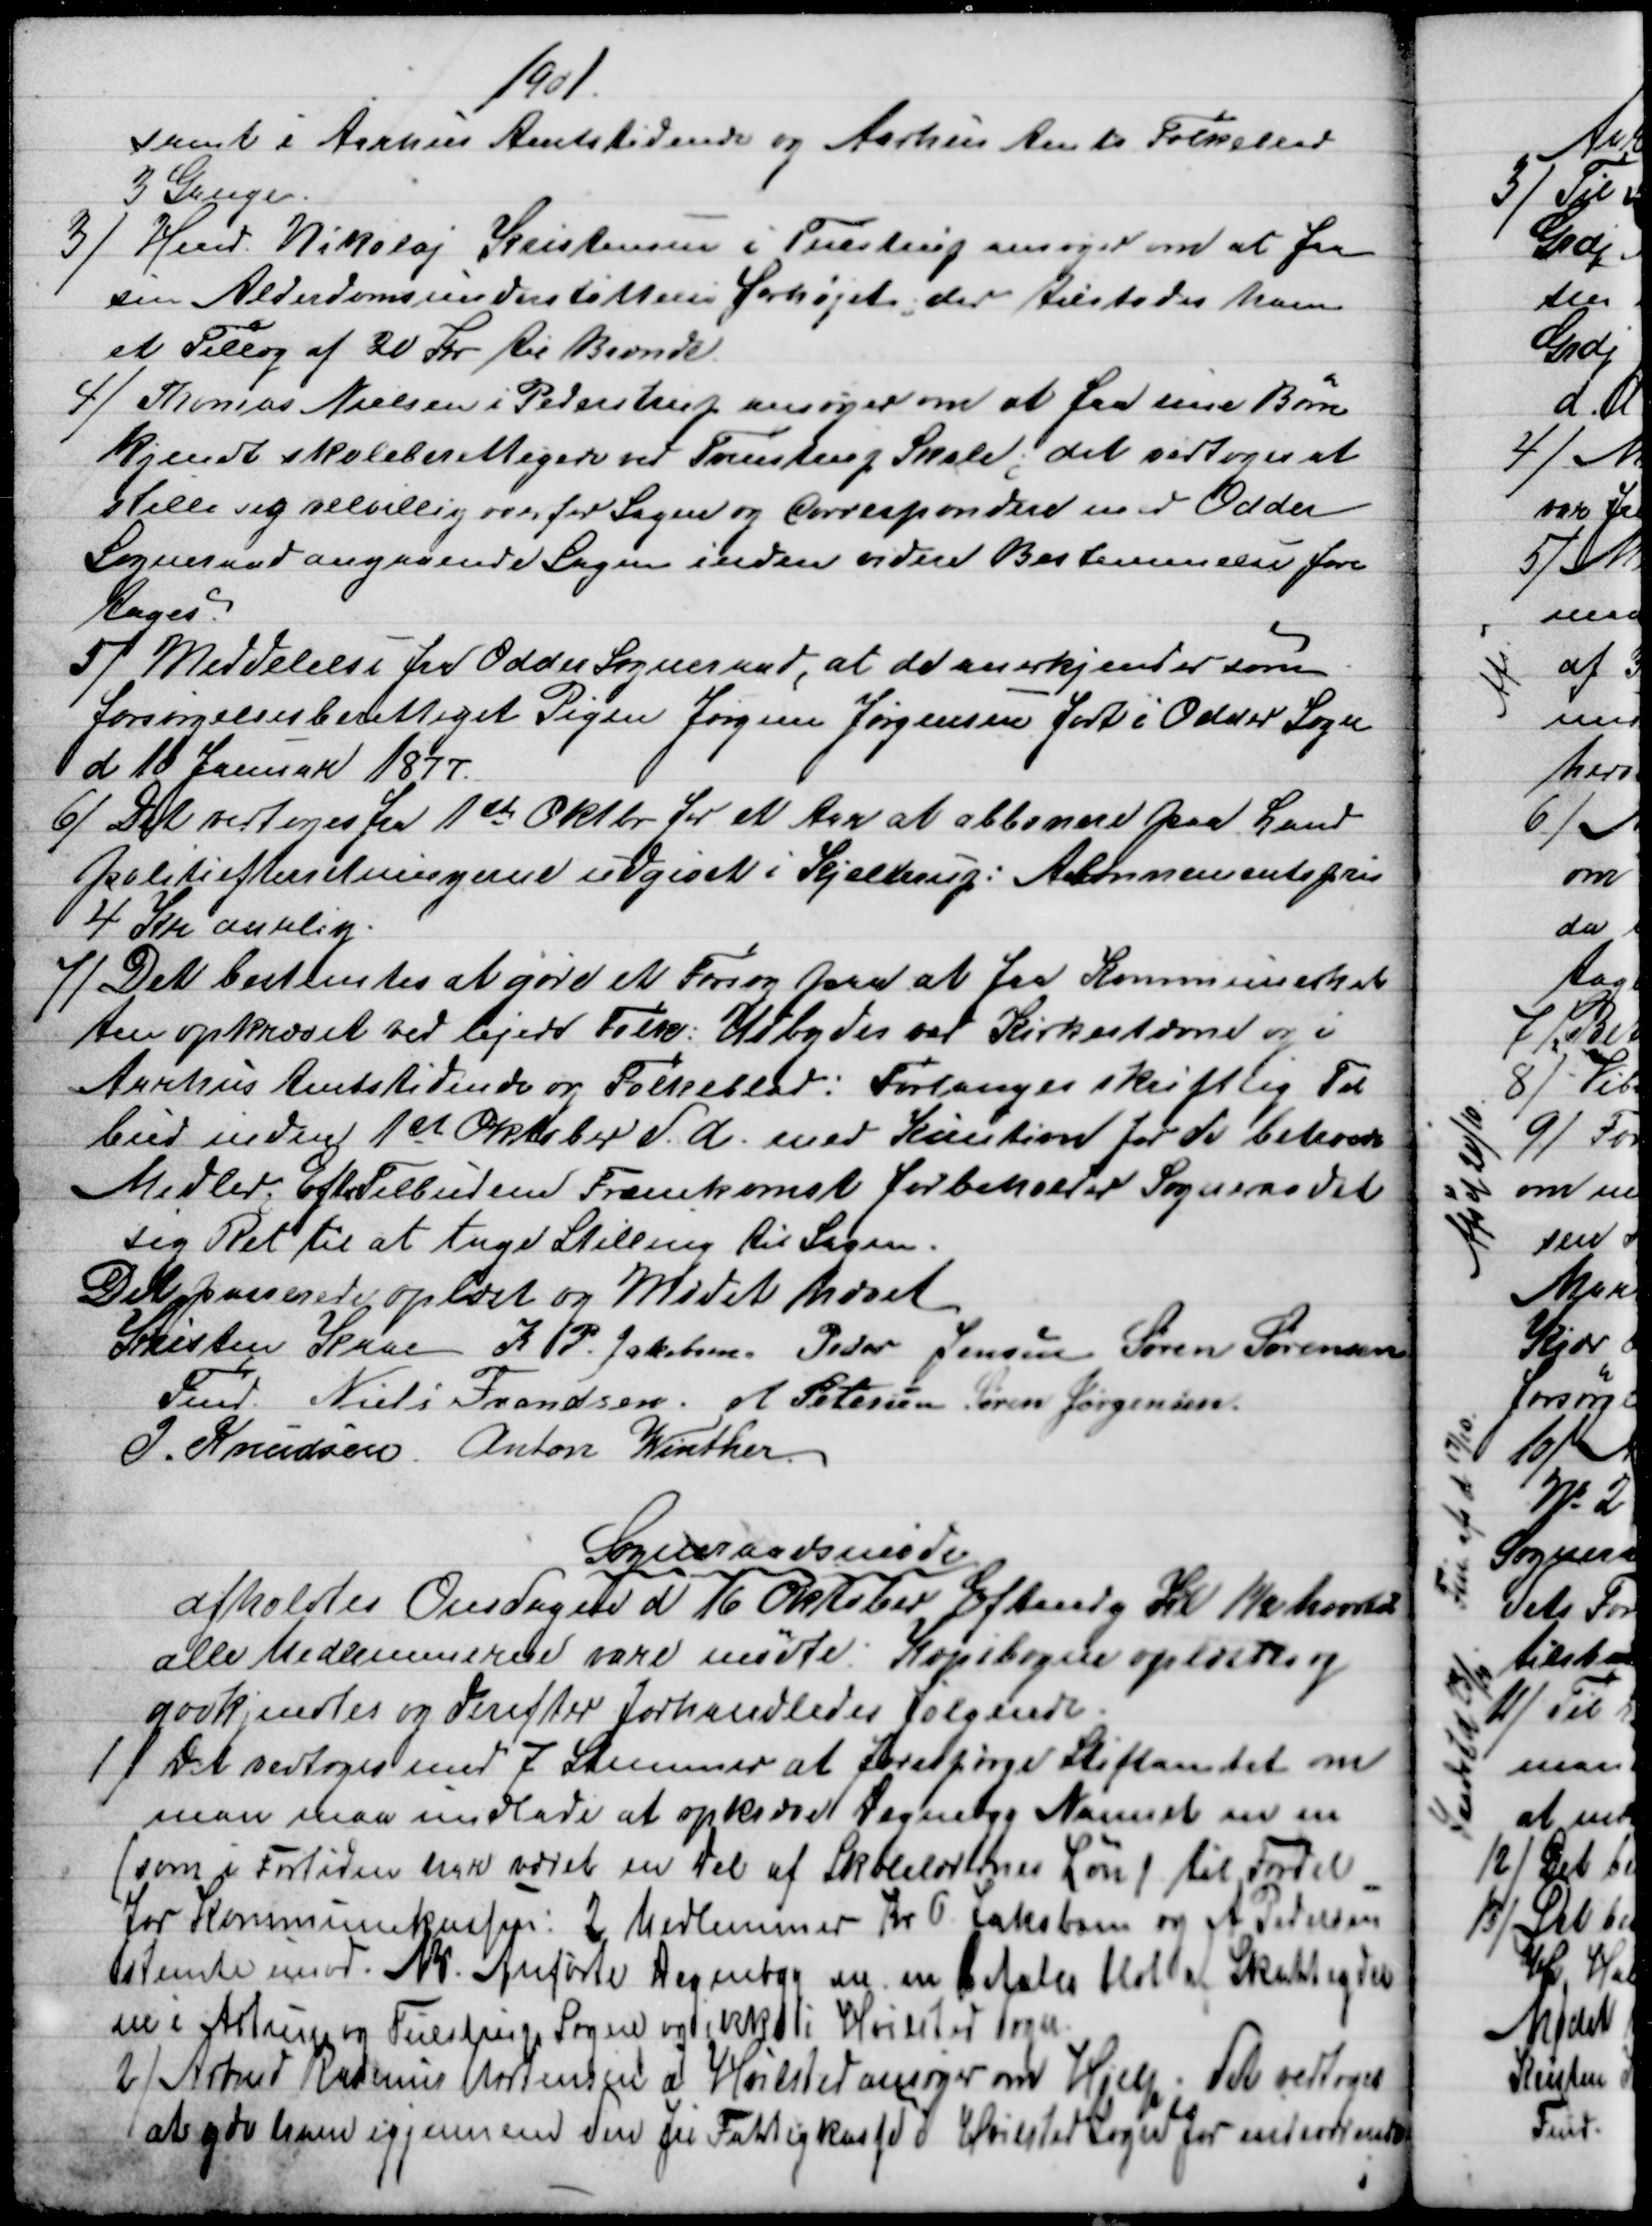
Transskription:
1901.
samt i Aarhus Amtstidende og Aarhus Amts Folkeblad
3 Gange.
3) 
 Hmd Nikolaj Kristensen i Tulstrup ansøger om at faa
sin Alderdomsunderstøttelse forhøjet, der tilstodes ham
et Tillæg af 20 Kr. til Brænde.
4)
Thomas Nielsen i Pederstrup ansøger om at faa sine Børn
kjendt skoleberettigede ved Tvenstrup Skole; det vedtoges at
stille sig velvillig overfor Sagen og correspondere med Odder
Sogneraad angaaende Sagen inden videre Bestemmelse fore
tages.
5) 
Meddelelse fra Odder Sogneraad, at de anerkjender som
forsørgelsesberettiget Pigen Jørgine Jørgensen født i Odder Sogn
d 10 Januar 1877.
6) 
Det vedtoges fra 1ste Oktbr for et Aar at abbonere paa Land
politiefterretningerne udgivet i Kjellerup: Abonnementspris
4 Kr aarlig.
7)
Det bestemtes at gøre et Forsøg paa at fra Kommuneskat
ten opkrævet ved lejede Folk. Udbydes ved Kirkestævne og i
Aarhus Amtstidende og Folkeblad: Forlanges skriftlig Til
bud inden 1st Oktober d. A. med Kaution for de betroede
Midler. Efter Tilbudenes Fremkomst forbeholder Sogneraadet
sig Ret til at tage Stilling til Sagen.
Det passerede oplæst og Mødet hævet
Kristen Kaae 
Fmd. 
K. P. Jakobsen Peder Jensen Søren Sørensen
Niels Frandsen. A. Petersen Søren Jørgensen
J. Knudsen Anton Winther
Sogneraadsmøde
afholdtes Onsdagen d 16 Oktober Eftmdg Kl 1½ hvortil
alle Medlemmerne vare mødte. Kopibogen oplæstes og
godkjendtes og derefter forhandledes følgende.
1)
 Det vedtoges med 7 Stemmer at forespørge Stiftamtet om
man maa undlade at opkræve Degnebyg Nannet m.m.
(som i Fortiden har været en Del af Skolelærenes Løn til Fordel.
for Kommunekassen: 2 Medlemmer Kr P Jakobsen og A. Pedersen
stemte imod. NB. Anførte Degnebyg m.m. betales blot af Skatteyder
ne i Astrup og Tulstrup Sogne og ikke i Hvilsted Sogn,
2) 
Arbmd Rasmus Mortensen i Hvilsted ansøger om Hjelp. Det vedtoges
at yde ham igjennem den fri Fattigkasse i Hvilsted Sogn for indeværende